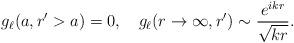
LaTeX: \begin{align*} g_\ell (a,r'>a) = 0, \quad g_\ell (r\rightarrow \infty,r') \sim \frac{e^{i k r}}{\sqrt{k r}}.\end{align*}